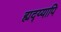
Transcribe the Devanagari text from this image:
ह्यद्य्यापि